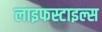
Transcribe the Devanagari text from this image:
लाइफस्टाइल्स